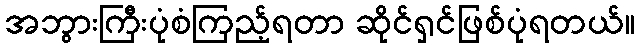
အဘွားကြီးပုံစံကြည့်ရတာ ဆိုင်ရှင်ဖြစ်ပုံရတယ်။